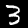
Digit: 3